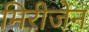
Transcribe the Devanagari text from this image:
मिरीजेन